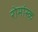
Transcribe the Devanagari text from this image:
रोमांस्क